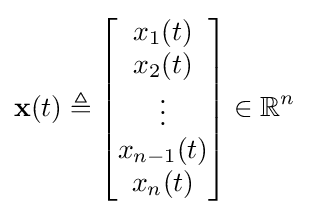
\mathbf {x} (t)\triangleq {\begin{bmatrix}x_{1}(t)\\x_{2}(t)\\\vdots \\x_{n-1}(t)\\x_{n}(t)\end{bmatrix}}\in \mathbb {R} ^{n}